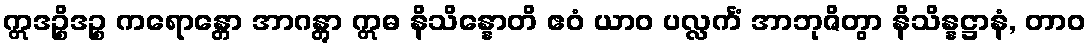
ဣဒဉ္စိဒဉ္စ ကရောန္တော အာဂန္တွာ ဣဓ နိသိန္နောတိ ဧဝံ ယာဝ ပလ္လင်္ကံ အာဘုဇိတွာ နိသိန္နဋ္ဌာနံ, တာဝ